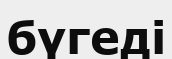
бүгеді